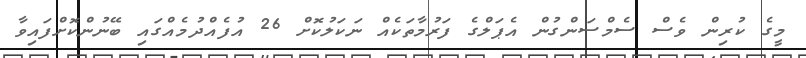
މީގެ ކުރިން ވެސް ސެމްސަންގުން އެޕަލްގެ ފަރުމާތަކެއް ނަކަލުކޮށް 26 އުފެއްދުމެއްގައި ބޭނުންކޮށްފައިވާ